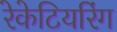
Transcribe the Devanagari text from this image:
रेकेटियरिंग